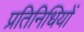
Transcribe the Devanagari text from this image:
प्रतिनिधियों